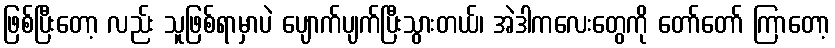
ဖြစ်ပြီးတော့ လည်း သူဖြစ်ရာမှာပဲ ပျောက်ပျက်ပြီးသွားတယ်၊ အဲဒါကလေးတွေကို တော်တော် ကြာတော့